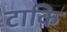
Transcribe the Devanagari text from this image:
टाकि